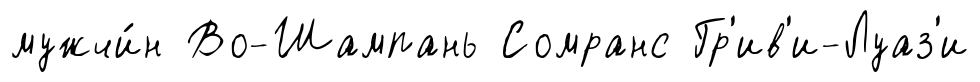
мужчи́н Во-Шампань Сомранс Гр'ив'и-Луаз'и